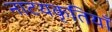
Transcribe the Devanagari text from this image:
नाटयकृतियाँ